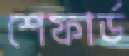
শেফার্ড